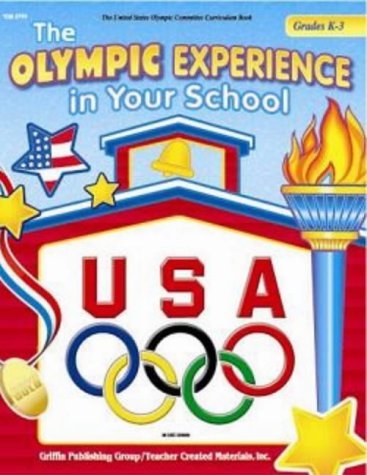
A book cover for The Olympic Experience in Your School Grades K-3 (United States Olympic Committee Curriculum Series); Sarah Clark; Children's Books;